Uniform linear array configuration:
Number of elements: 64
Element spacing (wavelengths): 0.75
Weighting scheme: uniform
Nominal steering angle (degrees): -30
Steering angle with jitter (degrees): -28.776
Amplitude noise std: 0.05
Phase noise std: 0.05

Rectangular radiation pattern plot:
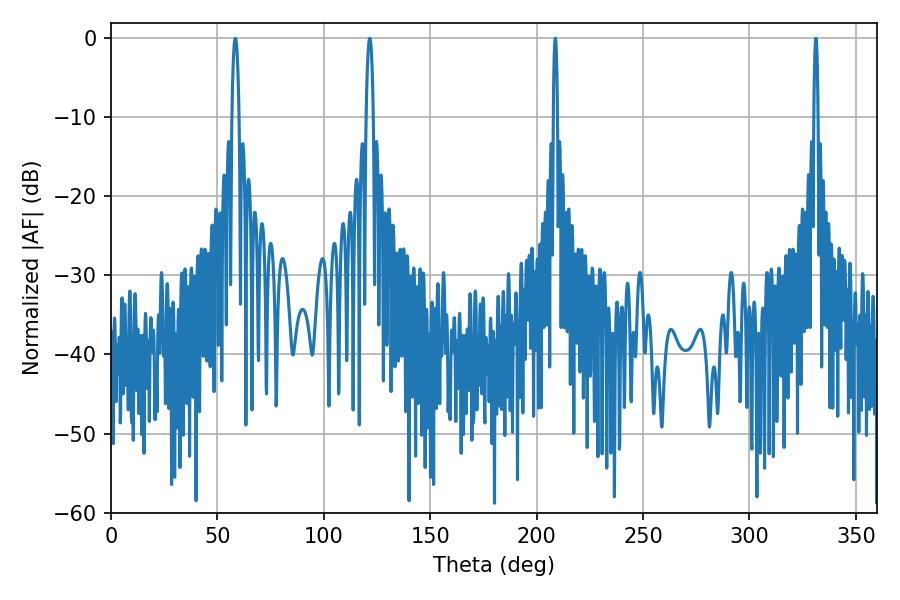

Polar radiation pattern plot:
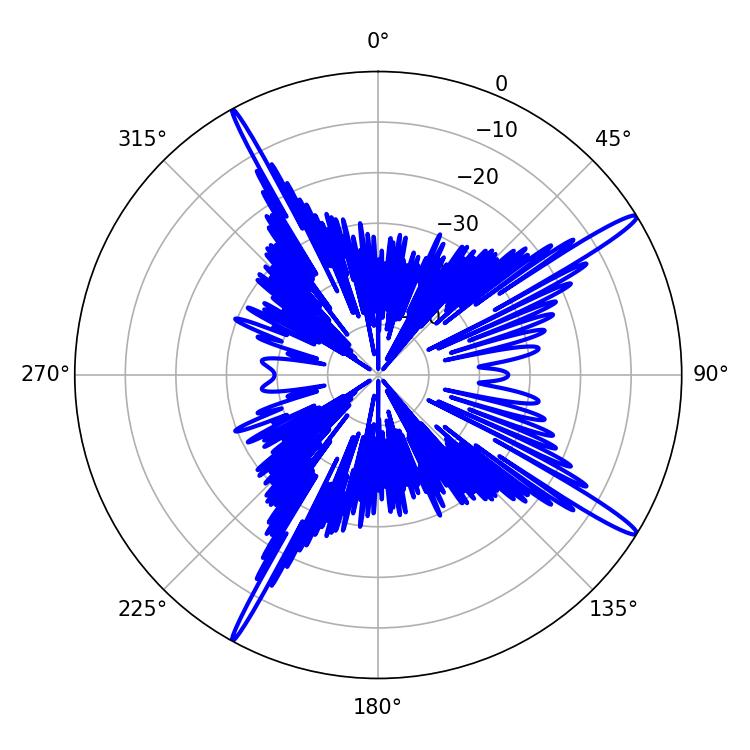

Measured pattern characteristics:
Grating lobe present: TRUE
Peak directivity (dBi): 16.525
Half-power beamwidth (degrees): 1.08
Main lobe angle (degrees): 331.2